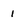
Character: 1